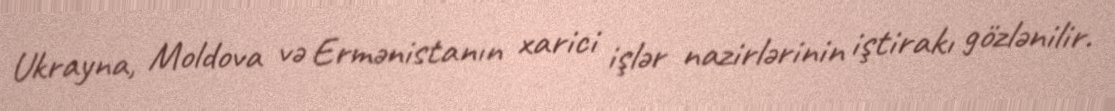
Ukrayna, Moldova və Ermənistanın xarici işlər nazirlərinin iştirakı gözlənilir.